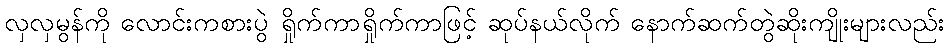
လှလှမွန်ကို လောင်းကစားပွဲ ရှိုက်ကာရှိုက်ကာဖြင့် ဆုပ်နယ်လိုက် နောက်ဆက်တွဲဆိုးကျိုးများလည်း